Malaria in the Punjab - Number 46
Disease focus: Malaria
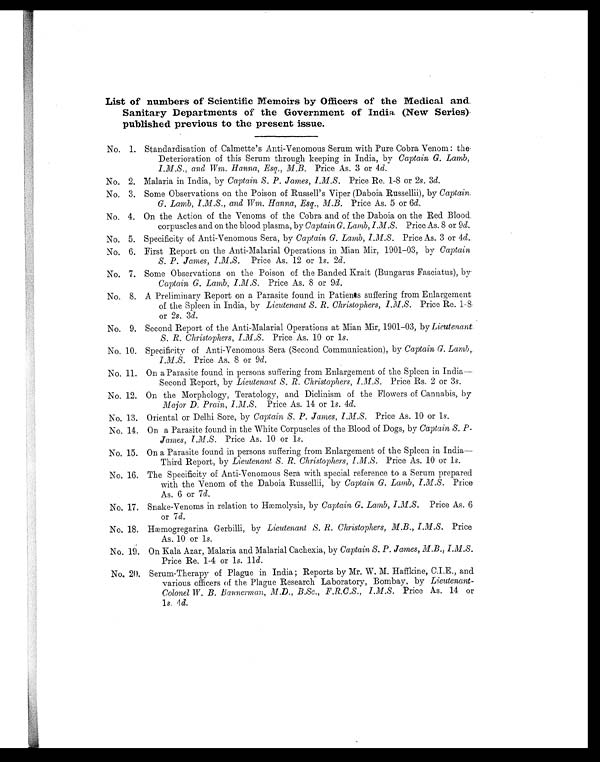
List of numbers of Scientific Memoirs by Officers of the Medical and
Sanitary Departments of the Government of India (New Series)
published previous to the present issue.
No. 1. Standardisation of Calmette's Anti-Venomous Serum with Pure Cobra Venom: the
Deterioration of this Serum through keeping in India, by Captain G. Lamb,
I.M.S., and Wm. Hanna, Esq., M.B. Price As. 3 or 4d.
No. 2. Malaria in India, by Captain S. P. James, I.M.S. Price Re. 1-8 or 2s. 3d.
No, 3. Some Observations on the Poison of Russell's Viper (Daboia Russellii), by Captain.
G. Lamb, I.M.S., and Wm. Hanna, Esq., M.B. Price As. 5 or 6 d.
No. 4. On the Action of the Venoms of the Cobra and of the Daboia on the Red Blood.
corpuscles and on the blood plasma, by Captain G. Lamb, I .M.S. Price As. 8 or 9d.
No. 5. Specificity of Anti-Venomous Sera, by Captain G. Lamb, I.M.S. Price As. 3 or 4d.
No. 6. First Report on the Anti-Malarial Operations in Mian Mir, 1901-03, by Captain
S. P. James, I.M.S. Price As. 12 or 1s. 2d.
No. 7. Some Observations on the Poison of the Banded Krait (Bungarus Fasciatus), by
Captain G. Lamb, I.M.S. Price As. 8 or 9 d.
No. 8. A Preliminary Report on a Parasite found in Patients suffering from Enlargement
of the Spleen in India, by Lieutenant S. R. Christophers, I.M.S. Price Re. 1-8
or 2s. 3d.
No. 9. Second Report of the Anti-Malarial Operations at Mian Mir, 1901-03, by Lieutenant
S. R. Christophers, I.M.S.
Price As. 10 or 1s.
No. 10. Specificity of Anti-Venomous Sera (Second Communication), by Captain G. Lamb,.
I.M.S. Price As. 8 or 9 d.
No. 11. On a Parasite found in persons suffering from Enlargement of the Spleen in India
— Second Report, by Lieutenant S. R. Christophers, I.M.S. Price Rs. 2 or 3s.
No. 12. On the Morphology, Teratology, and Diclinism of the Flowers of Cannabis, by
Major D. Prain, I.M.S. Price As. 14 or 1s. 4d.
No. 13. Oriental or Delhi Sore, by Captain S. P. James, I.M.S. Price As. 10 or 1 s.
No. 14. On a Parasite found in the White Corpuscles of the Blood of Dogs, by Captain S. P.
James, I.M.S. Price As. 10 or 1 s.
No. 15. On a Parasite found in persons suffering from Enlargement of the Spleen in India
—Third Report, by Lieutenant S. R. Christophers, I.M.S. Price As. 10 or 1s.
No. 16. The Specificity of Anti-Venomous Sera with special reference to a Serum prepared
with the Venom of the Daboia Russellii, by Captain G. Lamb, I.M.S. Price
As. 6 or 7 d.
No. 17. Snake-Venoms in relation to Hæmolysis, by Captain G. Lamb, 1.M.S. Price As. 6
or 7 d.
No. 18. Hæmogrearina Gerbilli, by Lieutenant S. R. Christophers, M.B., I.M.S. Price
As. 10 or 1s.
No. 19. On Kala Azar, Malaria and Malarial Cachexia, by Captain S. P. James, M.B., I.M.S.
Price Re. 1-4 or 1s. 11d.
No. 20. Serum-Therapy of Plague in India; Reports by Mr. W. M. Haffkine, C.I.E., and
various officers of the Plague Research Laboratory, Bombay, by Lieutenant-
Colonel W. B. Bannerman, M.D., B.Sc., F.R.C.S., I.M.S. Price As. 14 or
1s. 4 d.